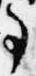
事